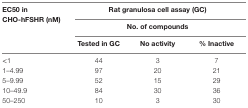
| EC50 in ­CHO-hFSHR (nM) | <COLSPAN=3> Rat granulosa cell assay (GC) |
 |  | <COLSPAN=3> No. of compounds |
 |  | Tested in GC | No activity | % Inactive |
 | --- | --- | --- | --- |
 | <1 | 44 | 3 | 7 |
 | 1–4.99 | 97 | 20 | 21 |
 | 5–9.99 | 52 | 15 | 29 |
 | 10–49.9 | 84 | 30 | 36 |
 | 50–250 | 10 | 3 | 30 |